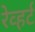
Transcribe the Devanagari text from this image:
रेव्हर्ट